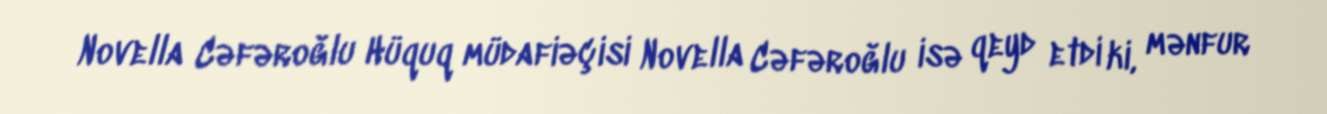
Novella Cəfəroğlu Hüquq müdafiəçisi Novella Cəfəroğlu isə qeyd etdi ki, mənfur